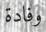
وفادة